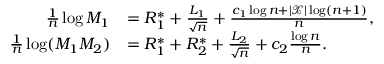
\begin{array} { r l } { \frac { 1 } { n } \log M _ { 1 } } & { = R _ { 1 } ^ { * } + \frac { L _ { 1 } } { \sqrt { n } } + \frac { c _ { 1 } \log n + | \mathcal { X } | \log ( n + 1 ) } { n } , } \\ { \frac { 1 } { n } \log ( M _ { 1 } M _ { 2 } ) } & { = R _ { 1 } ^ { * } + R _ { 2 } ^ { * } + \frac { L _ { 2 } } { \sqrt { n } } + c _ { 2 } \frac { \log n } { n } . } \end{array}